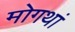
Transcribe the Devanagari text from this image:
मोगथां